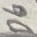
Text: D6